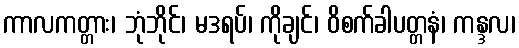
ကာလကတ္တား၊ ဘုံဘိုင်၊ မဒရပ်၊ ကိုချင်၊ ဝိစက်ခါပတ္တနံ၊ ကန္ဒလ၊